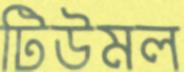
টিউমল